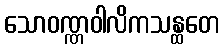
သောဝဏ္ဏဝါလိကသန္ထတေ